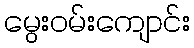
မွေးဝမ်းကျောင်း